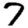
Digit: 7